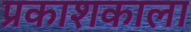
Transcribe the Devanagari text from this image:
प्रकाशकाला